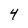
Character: 4